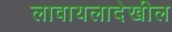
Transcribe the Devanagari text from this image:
लावायलादेखील